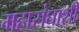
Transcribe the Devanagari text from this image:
महासंघाशी